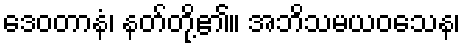
ဒေဝတာနံ၊ နတ်တို့၏။ အဘိသမယဝသေန၊